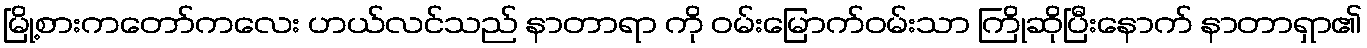
မြို့စားကတော်ကလေး ဟယ်လင်သည် နာတာရာ ကို ဝမ်းမြောက်ဝမ်းသာ ကြိုဆိုပြီးနောက် နာတာရှာ၏